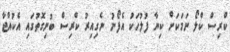
ކްރިސް ކްލޯ ނަމަކަށް ކިޔާ ފުލުހަކު އެފޯނު ނެގިއިރު ކްރިސް ބުނިގޮތުގައި އެކުއްޖާ